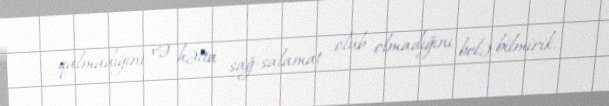
qalmadığını və hətta sağ-salamat olub olmadığını belə bilmirik.